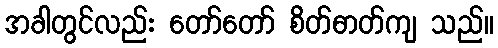
အခါတွင်လည်း တော်တော် စိတ်ဓာတ်ကျ သည်။